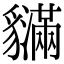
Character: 𧴝